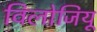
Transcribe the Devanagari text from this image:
विलोजियू